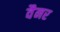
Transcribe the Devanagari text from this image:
वैनर